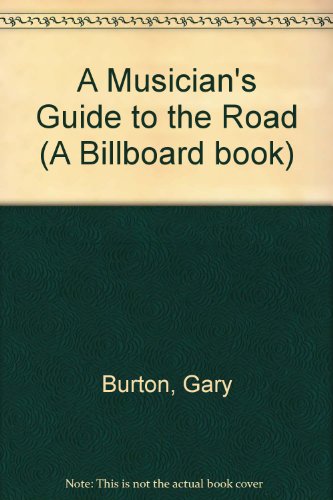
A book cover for A Musician's Guide to the Road (A Billboard book); Gary Burton; Travel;